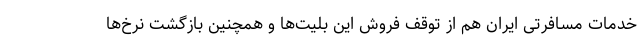
خدمات مسافرتی ایران هم از توقف فروش این بلیت‌ها و همچنین بازگشت نرخ‌ها